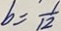
b = \frac { 1 } { 1 2 }